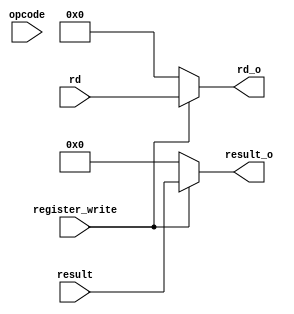
`timescale 1ns / 1ps
//////////////////////////////////////////////////////////////////////////////////
// Company: 
// Engineer: 
// 
// Design Name: 
// Module Name: WB
// Project Name: 
// Target Devices: 
// Tool Versions: 
// Description: 
// 
// Dependencies: 
// 
// Revision:
// Revision 0.01 - File Created
// Additional Comments:
// 
//////////////////////////////////////////////////////////////////////////////////


module WB(
    input [5:0] opcode,
    input [4:0] rd,
    input register_write,
    input [31:0] result,
    output [4:0] rd_o,
    output [31:0] result_o
    );
wire [5:0] op;
assign op = opcode;
assign rd_o = register_write ?  rd : 0; //register_write ? (((op == 1 && (rd == 16 || rd == 17)) || op == 3) ? 31 : rd) : 0;
assign result_o = register_write ? result : 0;
endmodule